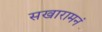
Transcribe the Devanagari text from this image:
सखारामनं